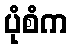
ပုံစံက